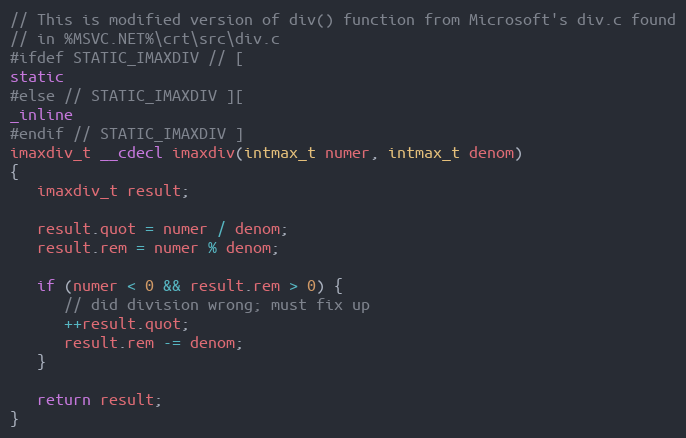
Language: C
// This is modified version of div() function from Microsoft's div.c found
// in %MSVC.NET%\crt\src\div.c
#ifdef STATIC_IMAXDIV // [
static
#else // STATIC_IMAXDIV ][
_inline
#endif // STATIC_IMAXDIV ]
imaxdiv_t __cdecl imaxdiv(intmax_t numer, intmax_t denom)
{
   imaxdiv_t result;

   result.quot = numer / denom;
   result.rem = numer % denom;

   if (numer < 0 && result.rem > 0) {
      // did division wrong; must fix up
      ++result.quot;
      result.rem -= denom;
   }

   return result;
}